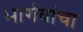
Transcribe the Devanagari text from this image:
भार्गवांचा